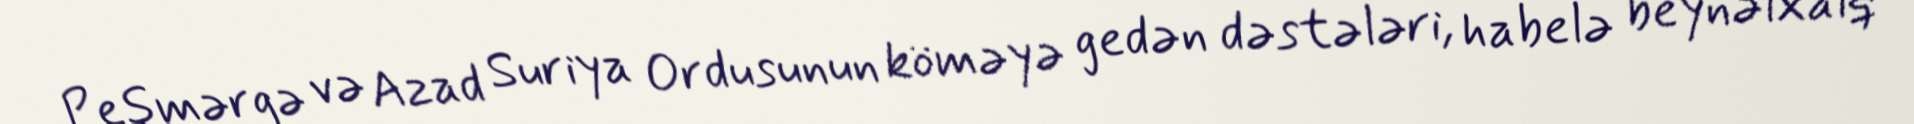
Peşmərgə və Azad Suriya Ordusunun köməyə gedən dəstələri, habelə beynəlxalq